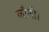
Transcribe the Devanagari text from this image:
लौती।